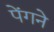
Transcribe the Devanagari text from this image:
पेंगने